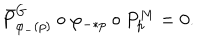
LaTeX: \bar { P } _ { \varphi _ { - } ( p ) } ^ { G } \circ \varphi _ { - * p } \circ P _ { p } ^ { M } = 0 .